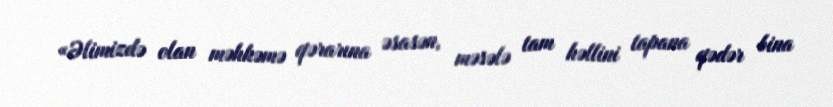
«Əlimizdə olan məhkəmə qərarına əsasən, məsələ tam həllini tapana qədər bina